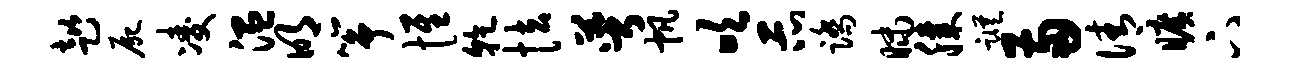
趑尸凌温明筝惟干怯萼帆吹示踏昧膝踪两倩旷下